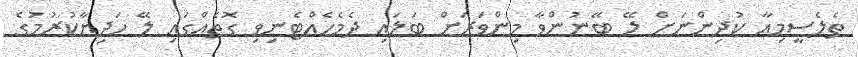
ތެލެސީމިއާ ކުދިންނަށް ލޭ ބޭނުންވާ މިންވަރަށް ބަލައި ދެމެހެއްޓެނިވި ގޮތެއްގައި ލޭ ހަދިޔާކުރުމުގެ